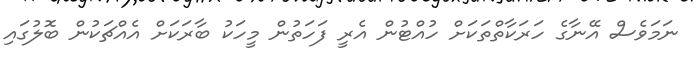
ނަމަވެސް އޭނާގެ ހަރަކާތްތަކަށް ހުއްޓުން އެރީ ފަހަތުން މީހަކު ބާރަކަށް އެއްޗަކުން ބޮލުގައި